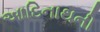
આદિનાથની